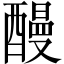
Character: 𨢥